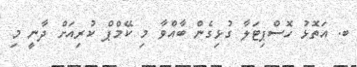
ބ. އަތޮޅު ހޮސްޕިޓަލާ ގުޅިގެން ބާއްވާ މި ކޭމްޕް ކުރިއަށް ދާނީ މި